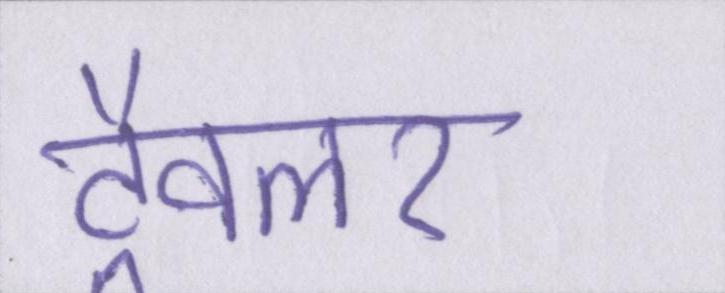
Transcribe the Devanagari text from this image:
ट्रैवलर